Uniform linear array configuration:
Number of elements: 48
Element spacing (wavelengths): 0.5
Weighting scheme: exponential
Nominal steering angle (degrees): -60
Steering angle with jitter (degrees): -61.319
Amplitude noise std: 0.05
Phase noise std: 0.05

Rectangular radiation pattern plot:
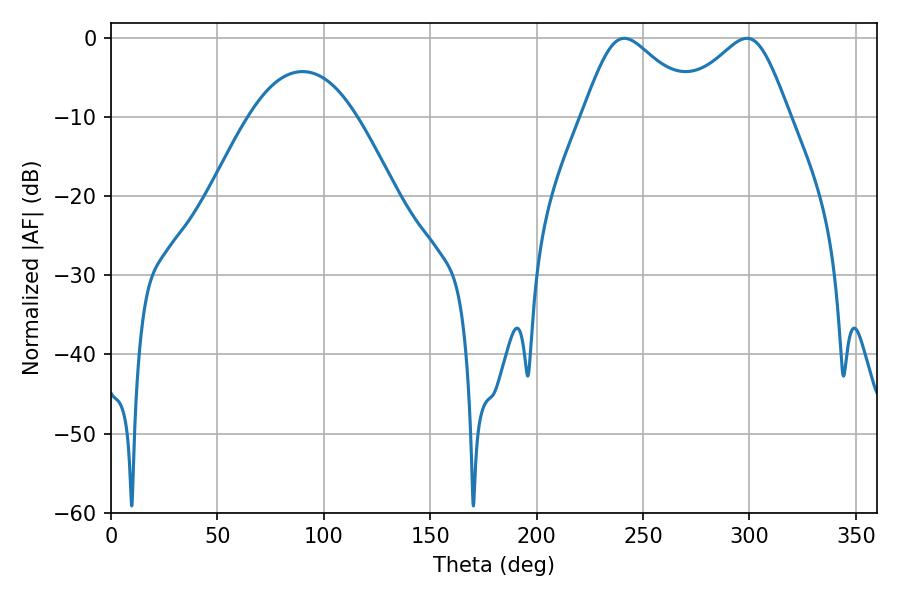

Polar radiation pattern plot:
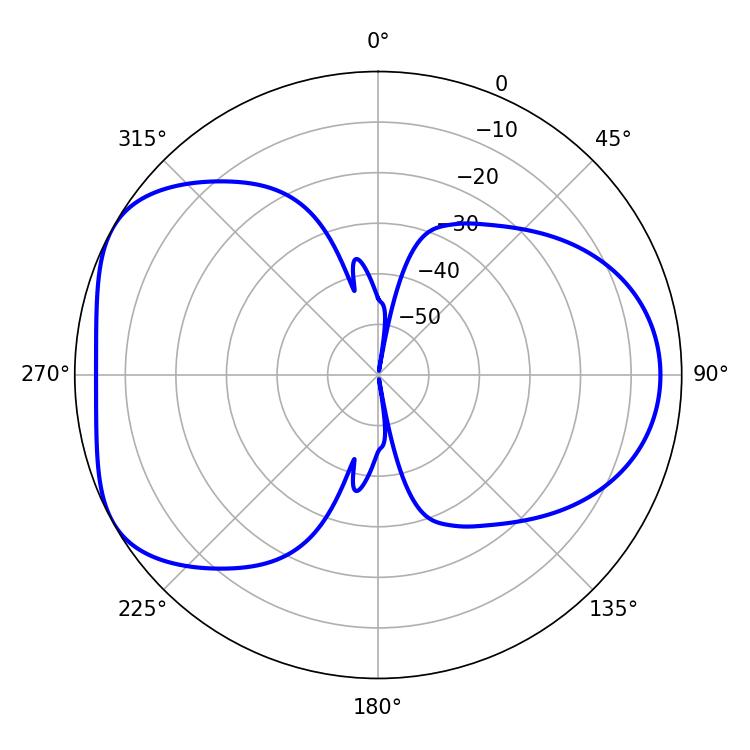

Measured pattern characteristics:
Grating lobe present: FALSE
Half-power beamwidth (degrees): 27
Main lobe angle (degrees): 241.2